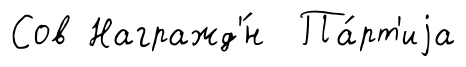
Сов Награжд'́н Па́рт'иjа